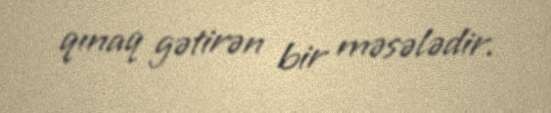
qınaq gətirən bir məsələdir.